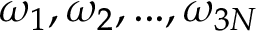
\omega _ { 1 } , \omega _ { 2 } , . . . , \omega _ { 3 N }